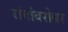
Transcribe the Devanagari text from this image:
रांगांबरोबर